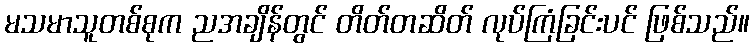
မသမာသူတစ်စုက ညအချိန်တွင် တိတ်တဆိတ် လုပ်ကြံခြင်းပင် ဖြစ်သည်။